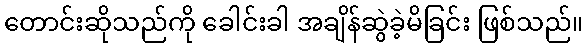
တောင်းဆိုသည်ကို ခေါင်းခါ အချိန်ဆွဲခဲ့မိခြင်း ဖြစ်သည်။